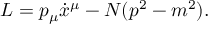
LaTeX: L = p _ { \mu } \dot { x } ^ { \mu } - N ( p ^ { 2 } - m ^ { 2 } ) .